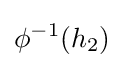
\phi ^{-1}(h_{2})